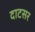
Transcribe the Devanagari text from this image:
दाटसर